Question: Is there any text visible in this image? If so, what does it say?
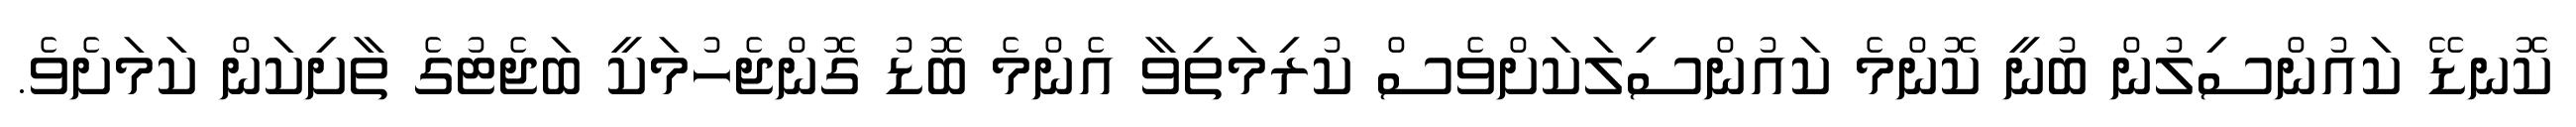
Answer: ކޮނޑޭ ކައުންސިލުން ބުނީ ކޮންމެ ކައުންސިލަކަށްވެސް ކުރިމަތިވާ އެންމެ ބޮޑު ގޮންޖެހުމަކީ ބަޖެޓުގެ ތާށިކަން ކަމަށެވެ.